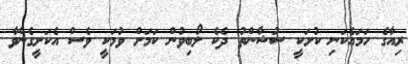
ރިއާގެ ހަމައެކަނި ކުށަކީ ސުޝާންތު ދެކެ ލޯބިވުން ކަމަށް ވުމަކީ ވެސް އެކަށީގެންވާ